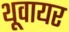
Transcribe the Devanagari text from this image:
थूवायर